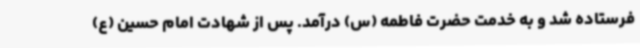
فرستاده شد و به خدمت حضرت فاطمه (س) درآمد. پس از شهادت امام حسین (ع)